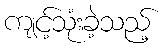
ကျင့်သုံးခဲ့သည့်